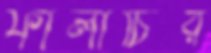
ফালাচির